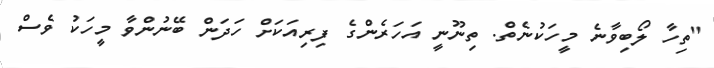
"ތިހާ ލޯބިވާނެ މީހަކުނެތް. ތިނޫނީ އަހަރެންގެ ފިރިއަކަށް ހަދަން ބޭނުންވާ މީހަކު ވެސް